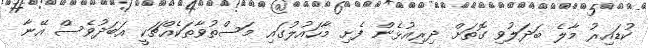
ކުޑައިރު މާލެ ބަދަލުވި ގޮތަށް ދިރިއުޅެން ފެށި މާހައުލުގައި މަސްތުވާތަކެއްޗަކީ އަބަދުވެސް އޭނާ